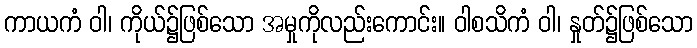
ကာယကံ ဝါ၊ ကိုယ်၌ဖြစ်သော အမှုကိုလည်းကောင်း။ ဝါစသိကံ ဝါ၊ နှုတ်၌ဖြစ်သော